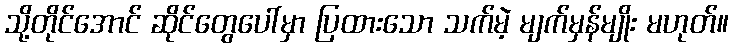
သို့တိုင်အောင် ဆိုင်တွေပေါ်မှာ ပြထားသော သက်မဲ့ မျက်မှန်မျိုး မဟုတ်။